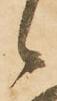
候